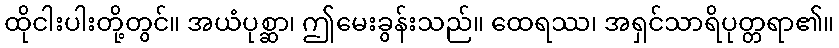
ထိုငါးပါးတို့တွင်။ အယံပုစ္ဆာ၊ ဤမေးခွန်းသည်။ ထေရဿ၊ အရှင်သာရိပုတ္တရာ၏။